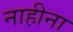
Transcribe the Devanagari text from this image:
नाहीना